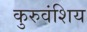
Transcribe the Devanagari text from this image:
कुरुवंशिय